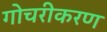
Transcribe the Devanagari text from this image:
गोचरीकरण